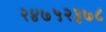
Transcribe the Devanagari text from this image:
२४७५२३७८